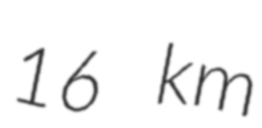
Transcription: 16 km